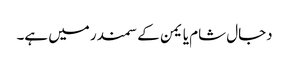
دجال شام یا یمن کے سمندر میں ہے۔